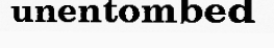
unentombed